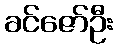
ခင်ဇော်ဦး